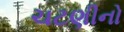
ચટણીનો